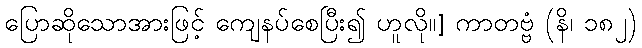
ပြောဆိုသောအားဖြင့် ကျေနပ်စေပြီး၍ ဟူလို။] ကာတဗ္ဗံ (နိ၊ ၁၈၂)